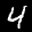
Digit: 4